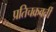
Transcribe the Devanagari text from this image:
प्रतिचक्रवर्ती